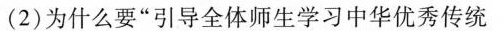
(2)为什么要”引导全体师生学习中华优秀传统